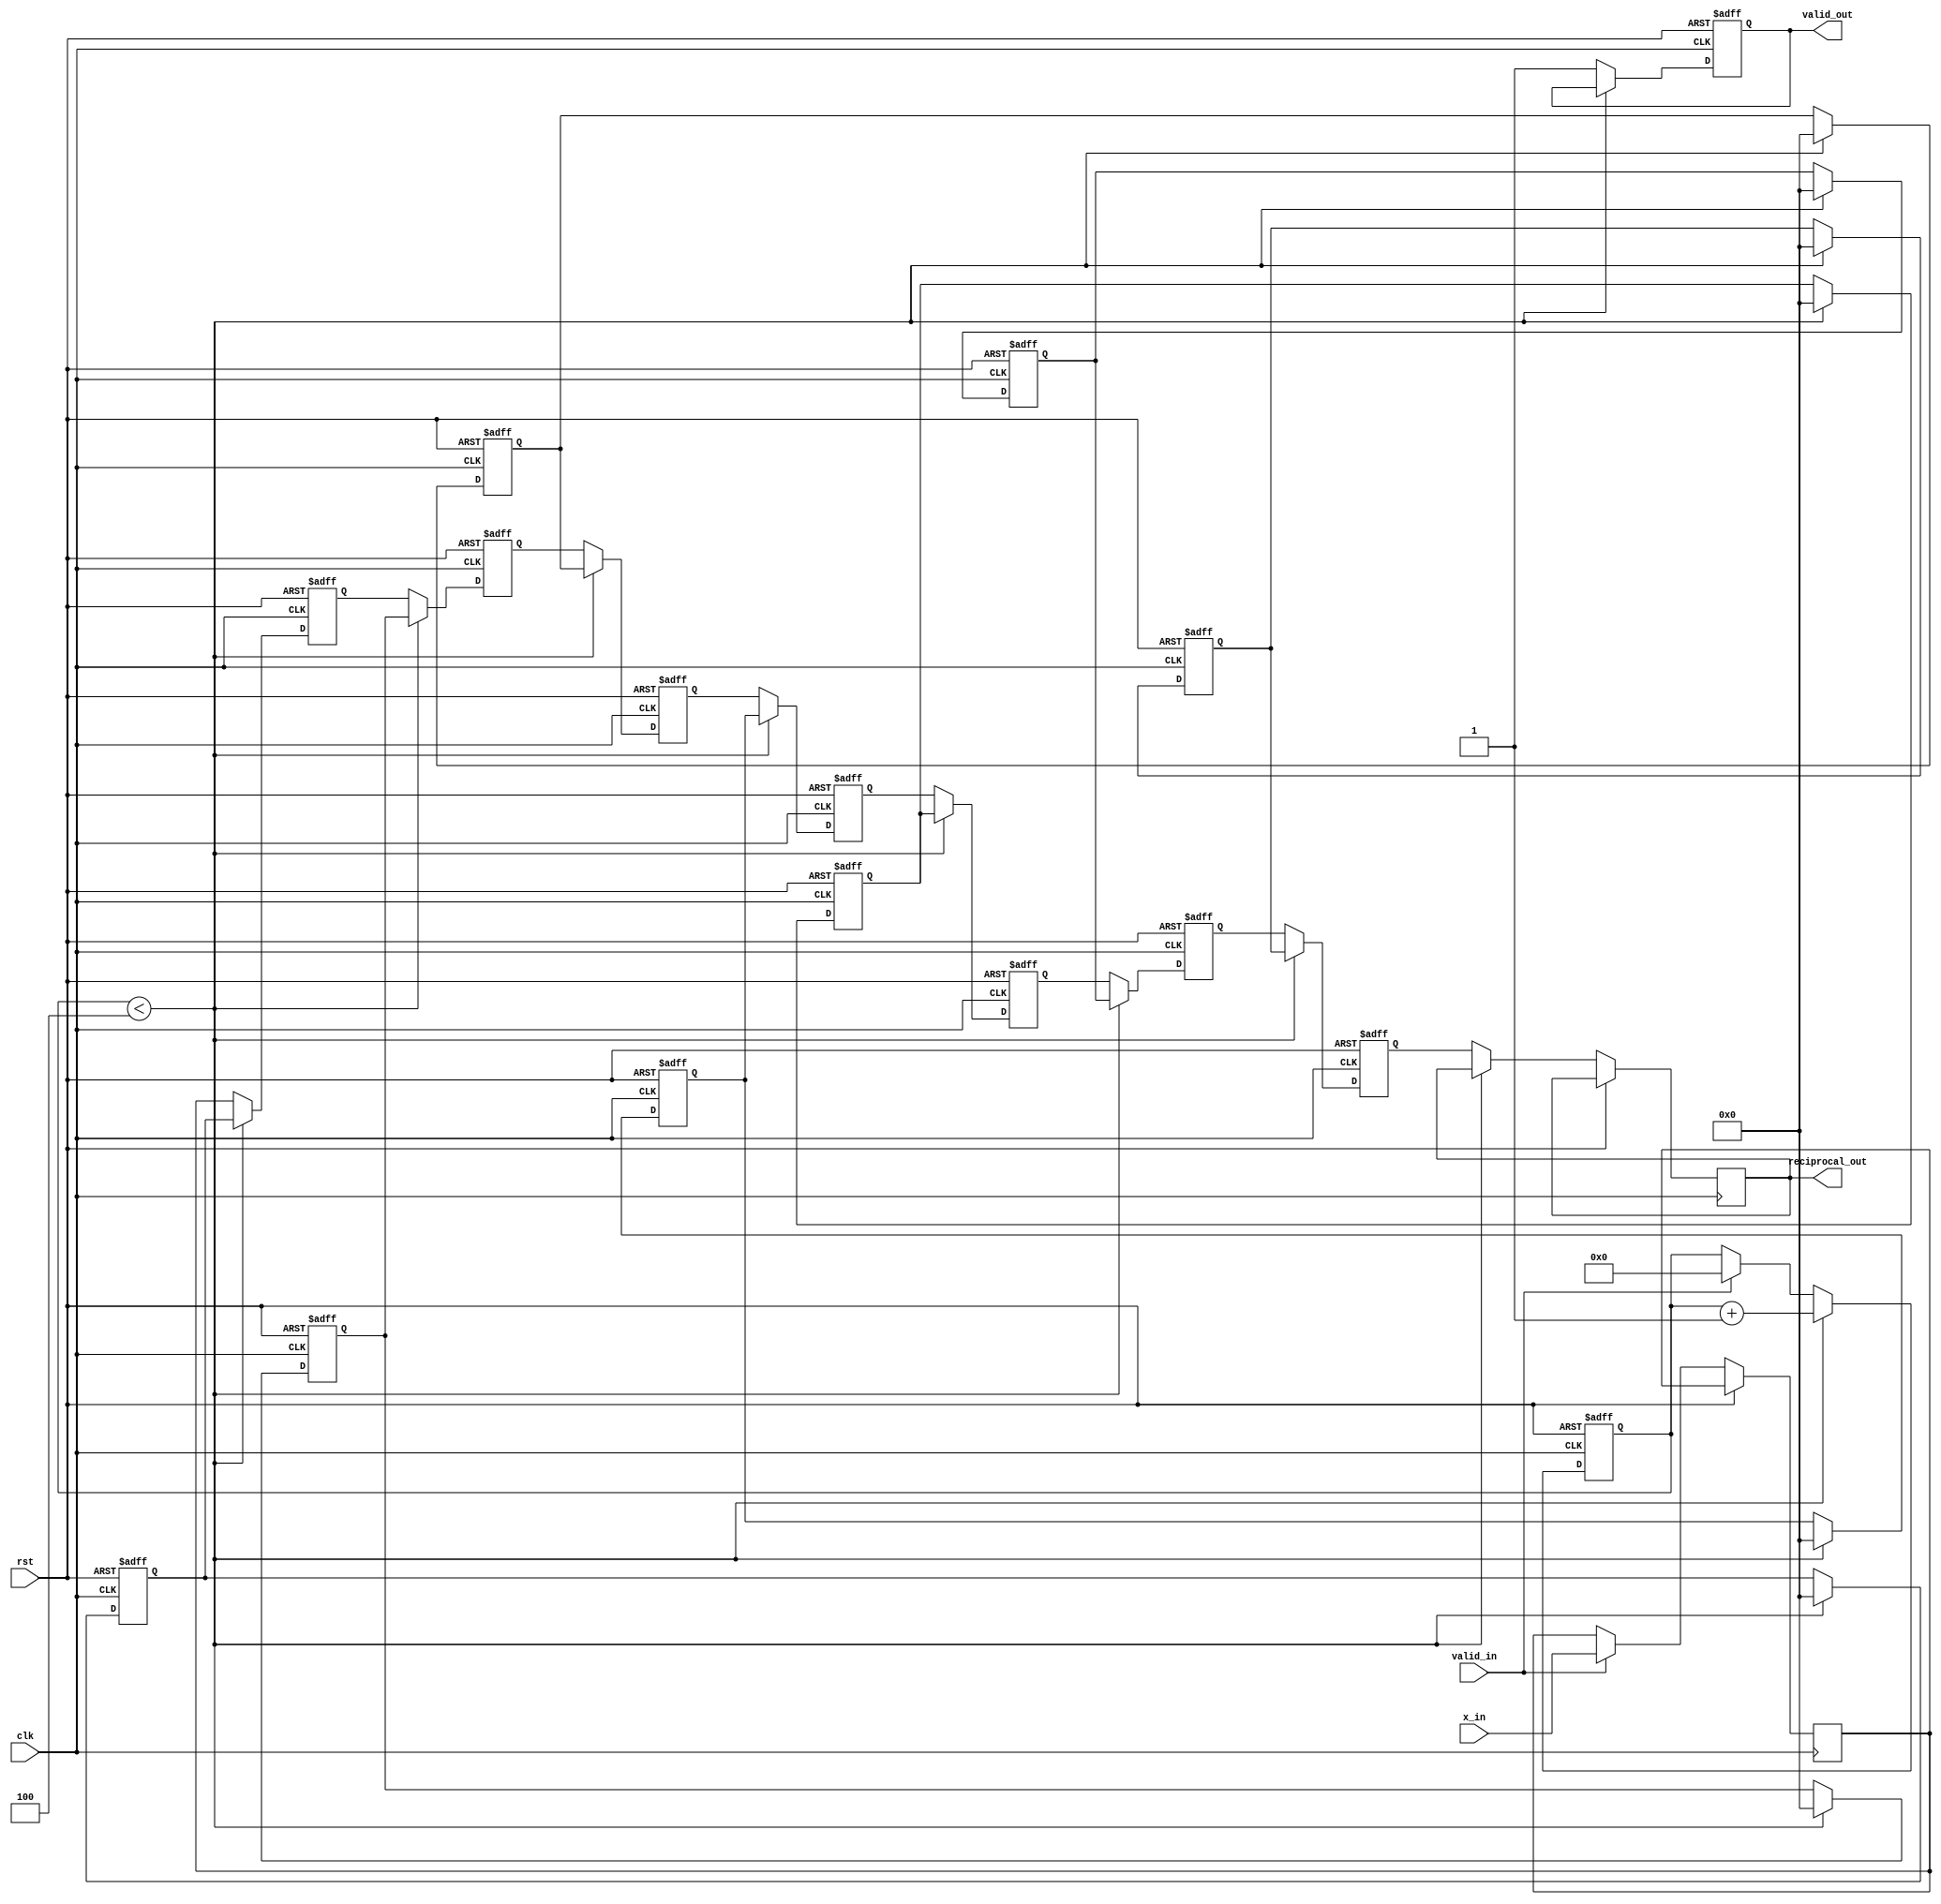
module SystolicArrayReciprocal #(
    parameter DATA_WIDTH = 32, // Width of input data
    parameter PE_ROWS = 4,      // Number of rows in the PE array
    parameter PE_COLS = 4       // Number of columns in the PE array
)(
    input wire clk,
    input wire rst,
    input wire valid_in,
    input wire [DATA_WIDTH-1:0] x_in, // Input value for which reciprocal is to be calculated
    output reg valid_out,
    output reg [DATA_WIDTH-1:0] reciprocal_out // Final reciprocal result
);

    // Define processing elements (PEs)
    reg [DATA_WIDTH-1:0] pe [0:PE_ROWS-1][0:PE_COLS-1]; // Array of PEs
    reg [DATA_WIDTH-1:0] intermediate [0:PE_ROWS-1][0:PE_COLS-1]; // Intermediate results
    reg [3:0] iteration_count; // Iteration counter
    reg [DATA_WIDTH-1:0] current_x; // Current input value

    // Convergence criteria
    localparam CONVERGENCE_THRESHOLD = 32'h00000001; // Example threshold

    integer i, j; // Loop variables

    // Initialize PEs on reset
    always @(posedge clk or posedge rst) begin
        if (rst) begin
            valid_out <= 0;
            iteration_count <= 0;
            for (i = 0; i < PE_ROWS; i = i + 1) begin
                for (j = 0; j < PE_COLS; j = j + 1) begin
                    pe[i][j] <= 0;
                    intermediate[i][j] <= 0;
                end
            end
        end else begin
            // Input handling
            if (valid_in) begin
                current_x <= x_in;
                iteration_count <= 0;
            end

            // Systolic array computation
            for (i = 0; i < PE_ROWS; i = i + 1) begin
                for (j = 0; j < PE_COLS; j = j + 1) begin
                    if (i == 0 && j == 0) begin
                        // Load the initial value into the first PE
                        pe[i][j] <= current_x; 
                    end else if (j > 0) begin
                        // Pass data from left PE
                        pe[i][j] <= pe[i][j-1]; 
                    end else if (i > 0) begin
                        // Pass data from top PE
                        pe[i][j] <= pe[i-1][j]; 
                    end
                    
                    // Perform the reciprocal refinement operation here
                    // Basic Newton-Raphson iteration: x_n+1 = x_n * (2 - x_n * x)
                    if (iteration_count < 4) begin
                        intermediate[i][j] <= (pe[i][j] * (2**DATA_WIDTH - (pe[i][j] * current_x))) >> DATA_WIDTH;
                        pe[i][j] <= intermediate[i][j];
                    end
                end
            end

            // Check convergence
            if (iteration_count < 4) begin
                iteration_count <= iteration_count + 1;
            end else begin
                // Output the result from the last PE
                reciprocal_out <= pe[PE_ROWS-1][PE_COLS-1];
                valid_out <= 1'b1;
            end
        end
    end

endmodule